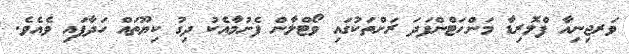
ވަރޖިނިއާ ފްލޮރިޑާ މަންހަޓްންފަދަ ރަށްތަކުގައި ވޯޓްލާން ފެށުމާއެކު ދިގު ކިޔޫތައް ހަދާފައި ވެއެވެ.